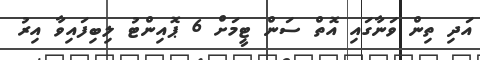
އަދި ތިން ވަނާގައި އޮތް ސަން ޓީމަށް 6 ޕޮއިންޓު ލިބިފައިވާ އިރު